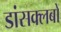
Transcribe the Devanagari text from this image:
डांसक्लबों